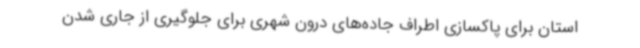
استان برای پاکسازی اطراف جاده‌های درون شهری برای جلوگیری از جاری شدن